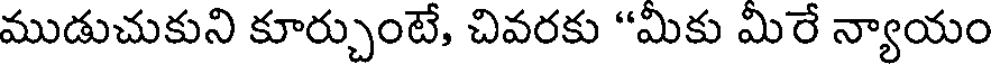
ముడుచుకుని కూర్చుంటే, చివరకు "మికు మిరే న్యాయం